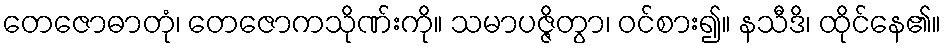
တေဇောဓာတုံ၊ တေဇောကသိုဏ်းကို။ သမာပဇ္ဇိတွာ၊ ဝင်စား၍။ နသီဒိ၊ ထိုင်နေ၏။